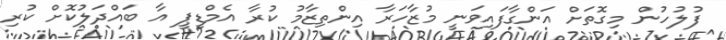
ފުލުހުން މިގޮތަށް އަންގާފައިވަނީ މުޒާހަރާ އިންތިޒާމު ކުރާ އެމްޑީޕީ އާ ބައްދަލުކޮށް ކުރި